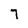
Character: 7